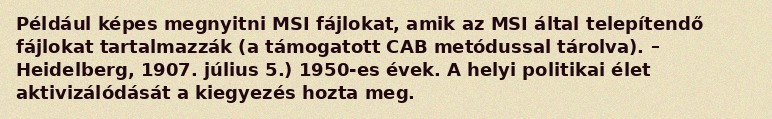
Például képes megnyitni MSI fájlokat, amik az MSI által telepítendő fájlokat tartalmazzák (a támogatott CAB metódussal tárolva). – Heidelberg, 1907. július 5.) 1950-es évek. A helyi politikai élet aktivizálódását a kiegyezés hozta meg.